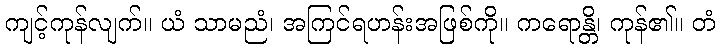
ကျင့်ကုန်လျက်။ ယံ သာမညံ၊ အကြင်ရဟန်းအဖြစ်ကို။ ကရောန္တိ၊ ကုန်၏။ တံ